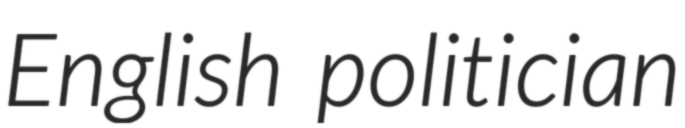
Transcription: English politician